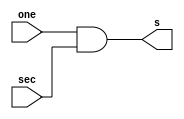
/////////////////////////////////////////
//  Functionality: 2-input AND 
////////////////////////////////////////
// `timescale 1ns / 1ps

module and2(
  one,
  sec,
  s);

input wire one;
input wire sec;
output wire s;

assign s = one & sec;

endmodule